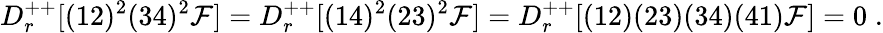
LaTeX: D_{r}^{++}[(12)^{2}(34)^{2}{\cal F}]=D_{r}^{++}[(14)^{2}(23)^{2}{\cal F}]=D_{r}^{++}[(12)(23)(34)(41){\cal F}]=0\; .